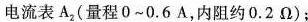
电流表A_{2}(量程0~0.6A，内阻约0.2\Omega)；